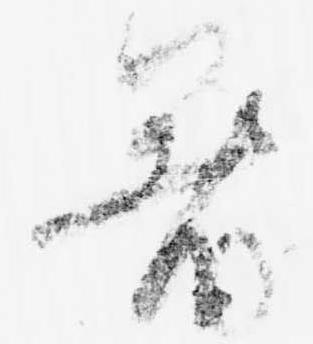
暑